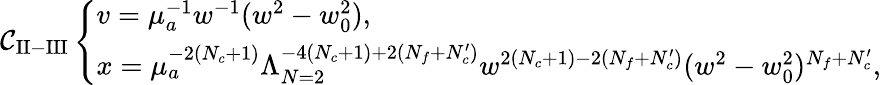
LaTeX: \mathcal{C}_{\mathrm{{II-III}}}\left\{ \begin{array}{l}{{v=\mu_{a}^{-1}w^{-1}(w^{2}-w_{0}^{2}),}}\\ {{x=\mu_{a}^{-2(N_{c}+1)}\Lambda_{N=2}^{-4(N_{c}+1)+2(N_{f}+N_{c}^{\prime})}w^{2(N_{c}+1)-2(N_{f}+N_{c}^{\prime})}(w^{2}-w_{0}^{2})^{N_{f}+N_{c}^{\prime}},}}\end{array}\right.